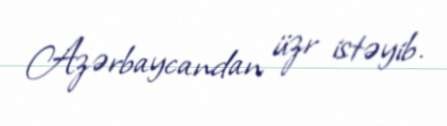
Azərbaycandan üzr istəyib.